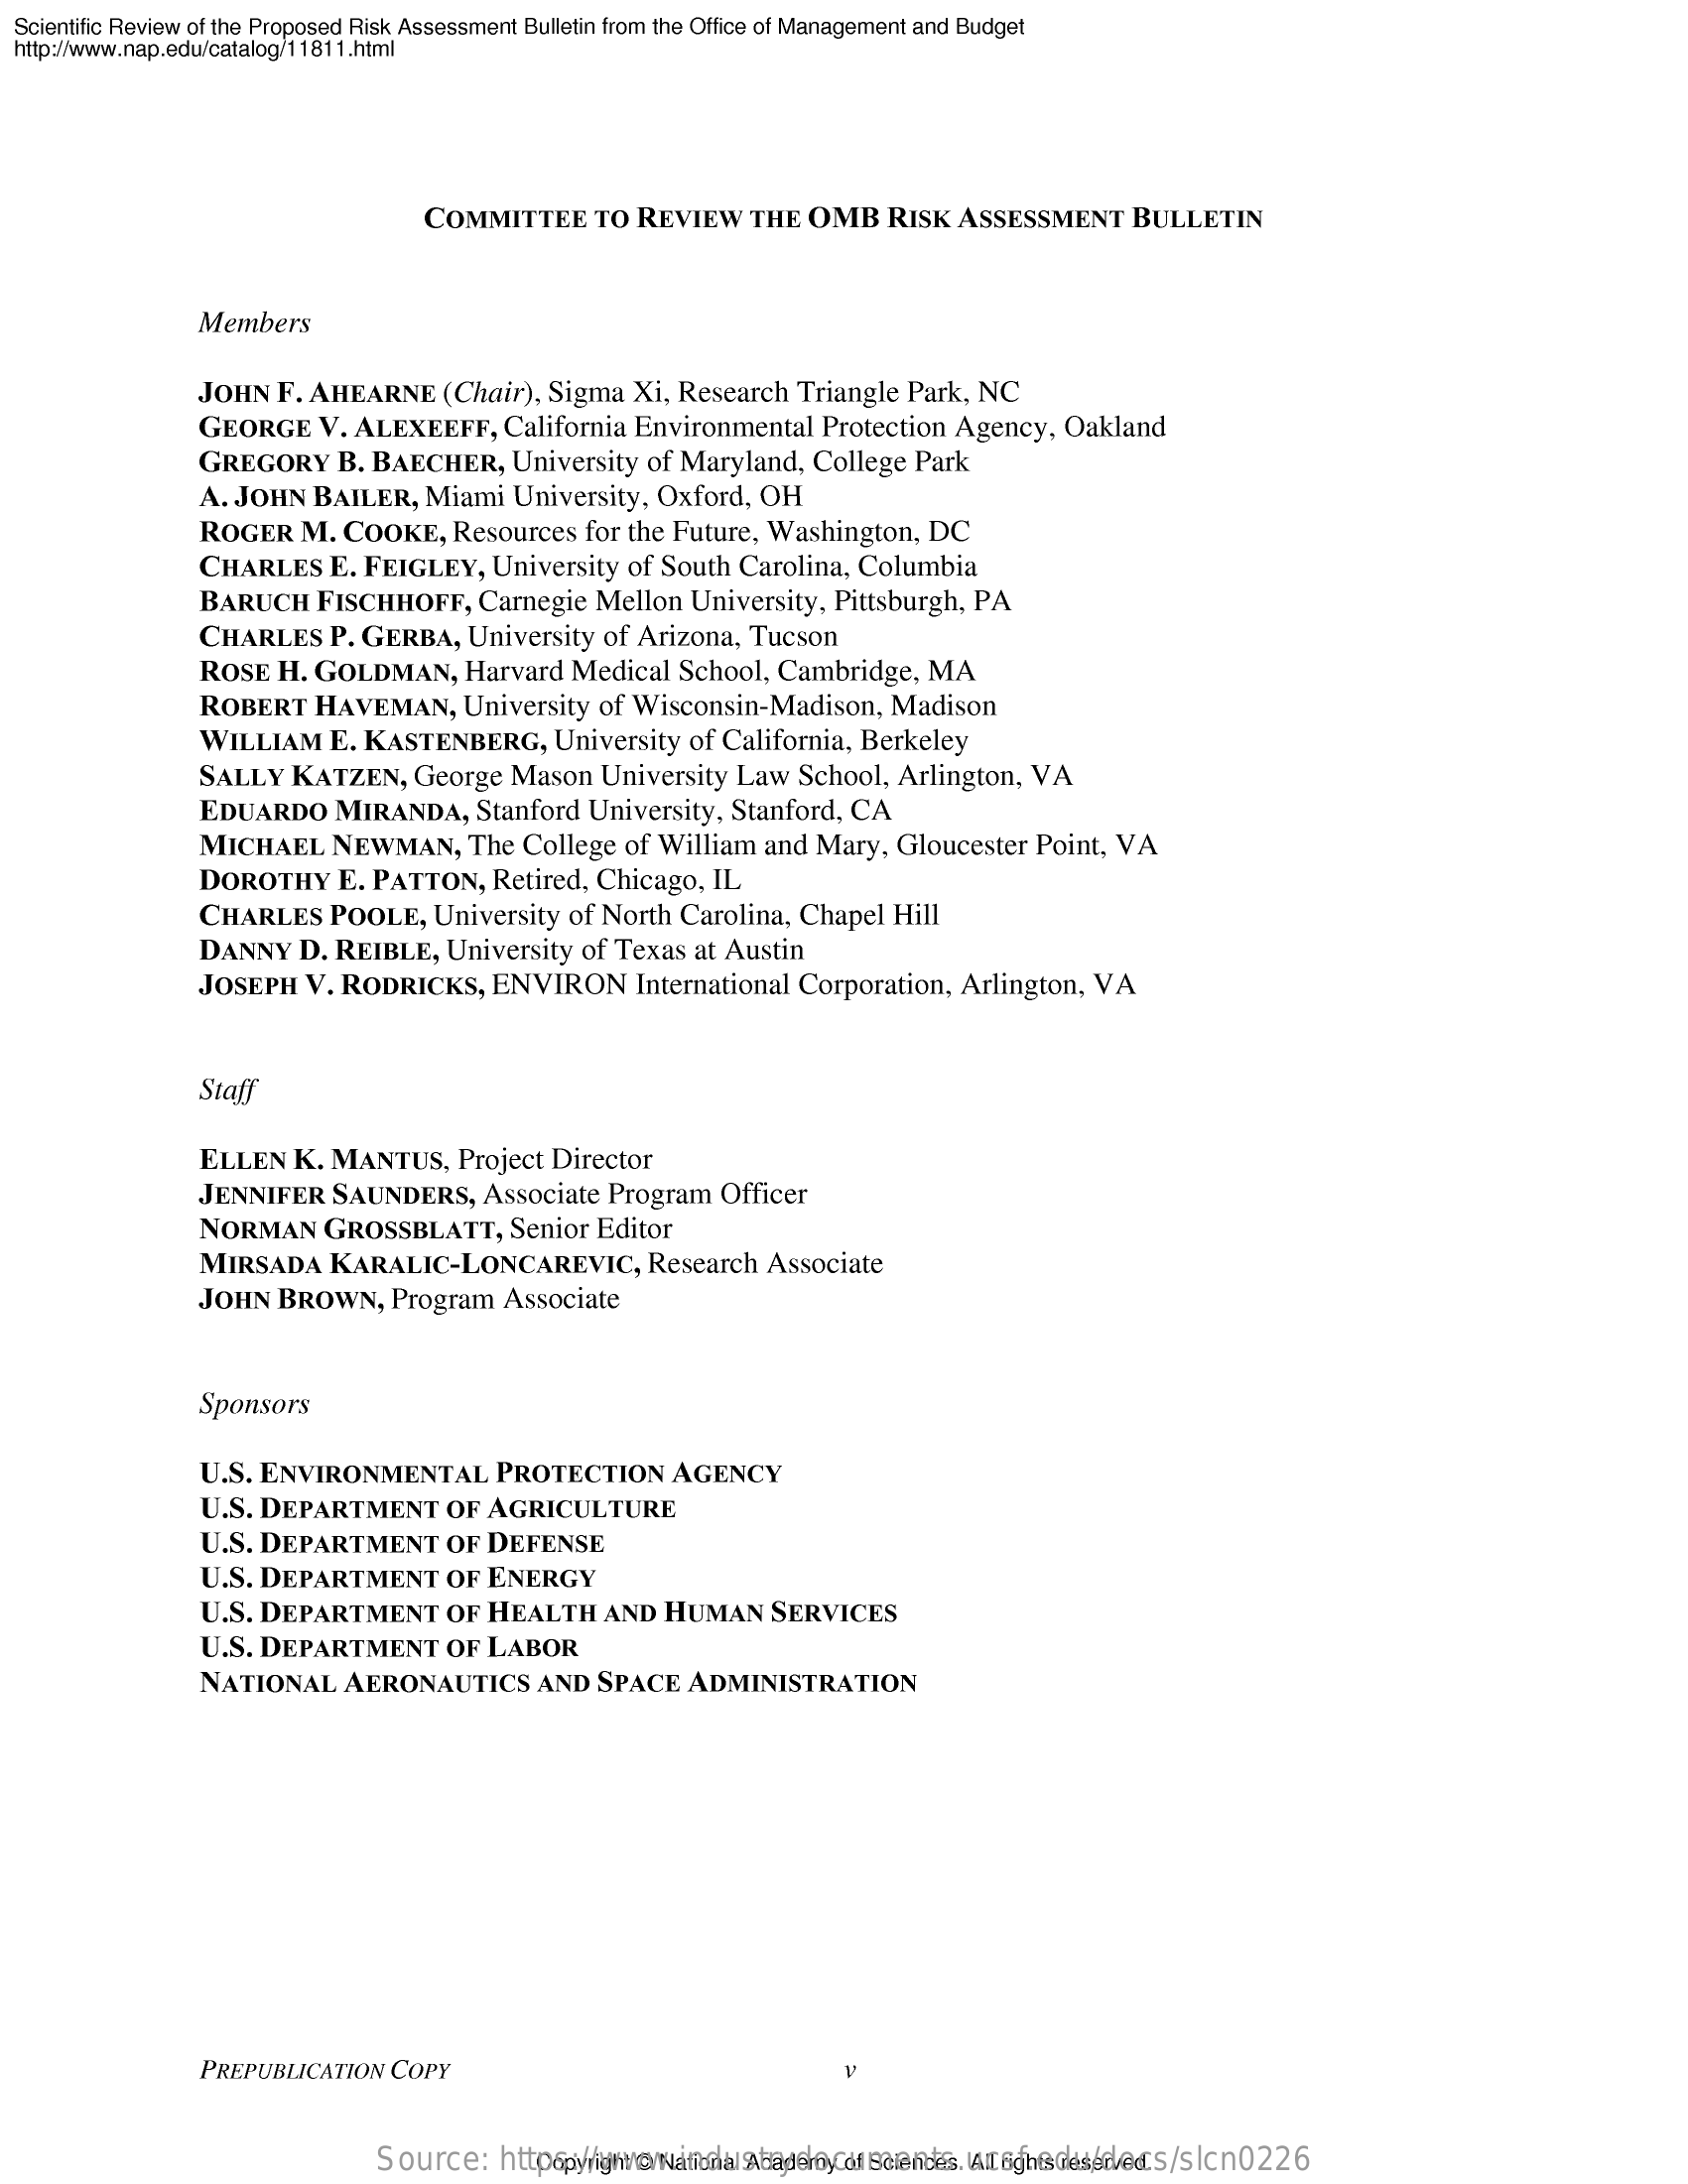
Scientific Review    of the Proposed    Risk  Assessment    Bulletin  from  the  Office of Management    and   Budget
  http:/www.nap.edu/catalog/11811.html
     COMMITTEE    TO   REVIEW    THE    OMB    RISK    ASSESSMENT    BULLETIN
     Members
     JOHN    F.   AHEARNE    (Chair),    Sigma    Xi,  Research    Triangle    Park,   NC
     GEORGE    V.  ALEXEEFF,    California    Environmental    Protection    Agency,    Oakland
     GREGORY    B.   BAECHER,    University    of  Maryland,    College    Park
     A. JOHN    BAILER,    Miami    University,    Oxford,    OH
     ROGER    M.   COOKE,    Resources    for   the  Future,    Washington,    DC
     CHARLES    E.  FEIGLEY,    University    of  South    Carolina,    Columbia
     BARUCH    FISCHHOFF,    Carnegie    Mellon    University,    Pittsburgh,    PA
     CHARLES    P. GERBA,    University    of  Arizona,    Tucson
     ROSE    H.   GOLDMAN,    Harvard    Medical    School,    Cambridge,    MA
     ROBERT    HAVEMAN,    University    of  Wisconsin-Madison,    Madison
     WILLIAM    E.  KASTENBERG,    University    of  California,    Berkeley
     SALLY    KATZEN,    George    Mason    University    Law    School,    Arlington,    VA
     EDUARDO    MIRANDA,    Stanford    University,    Stanford,    CA
     MICHAEL    NEWMAN,    The   College    of   William    and  Mary,    Gloucester    Point,    VA
     DOROTHY    E.  PATTON,    Retired,    Chicago,    IL
     CHARLES    POOLE,    University    of  North    Carolina,    Chapel    Hill
     DANNY    D.  REIBLE,    University    of  Texas    at  Austin
     JOSEPH    V.  RODRICKS,    ENVIRON    International    Corporation,    Arlington,    VA
     Staff
     ELLEN    K.   MANTUS,    Project    Director
     JENNIFER    SAUNDERS,    Associate    Program    Officer
     NORMAN    GROSSBLATT,    Senior    Editor
     MIRSADA    KARALIC-LONCAREVIC,    Research    Associate
     JOHN    BROWN,    Program    Associate
     Sponsors
     U.S.   ENVIRONMENTAL    PROTECTION    AGENCY
     U.S.   DEPARTMENT    OF   AGRICULTURE
     U.S.   DEPARTMENT    OF   DEFENSE
     U.S.   DEPARTMENT    OF   ENERGY
     U.S.  DEPARTMENT    OF   HEALTH    AND    HUMAN    SERVICES
     U.S.   DEPARTMENT    OF   LABOR
     NATIONAL    AERONAUTICS    AND    SPACE    ADMINISTRATION
     PREPUBLICATION    COPY
     Source:    https://www.industrydocuments.ucsf.edu/docs/slcn0226 Copyright @ National Academy of Sciences. All rights reserved.